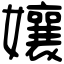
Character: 孃